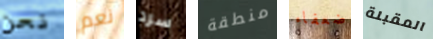
نحن نعم سرد منطقة ضعفاء المقبلة